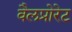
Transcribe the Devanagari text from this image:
वैलप्रोरेट